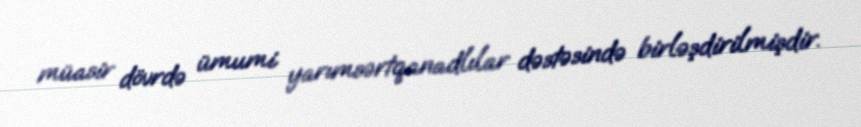
müasir dövrdə ümumi yarımsərtqanadlılar dəstəsində birləşdirilmişdir.